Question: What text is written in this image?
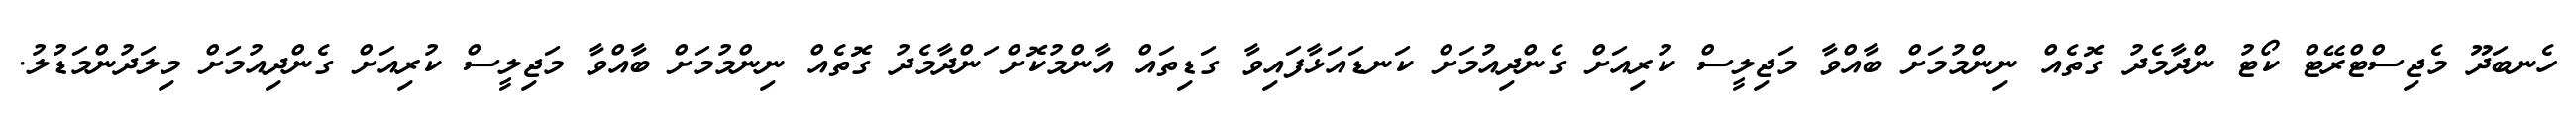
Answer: ހެނބަދޫ މެޖިސްޓްރޭޓް ކޯޓު ންދާމެދު ގޮތެއް ނިންމުމަށް ބާއްވާ މަޖިލީސް ކުރިއަށް ގެންދިއުމަށް ކަނޑައަޅާފައިވާ ގަޑިތައް އާންމުކޮށް ަންދާމެދު ގޮތެއް ނިންމުމަށް ބާއްވާ މަޖިލީސް ކުރިއަށް ގެންދިއުމަށް މިލަދުންމަޑުލު.